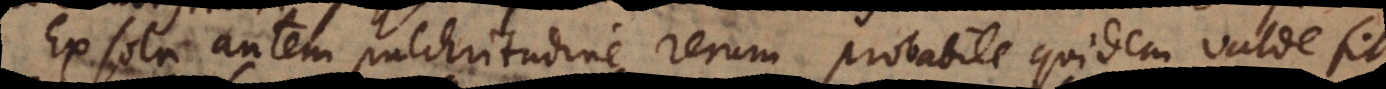
Ex sola autem pulchritudine rerum probabile quidem valde fit